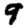
Digit: 9